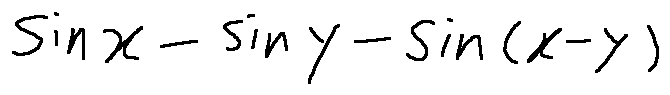
\sin x - \sin y - \sin ( x - y )